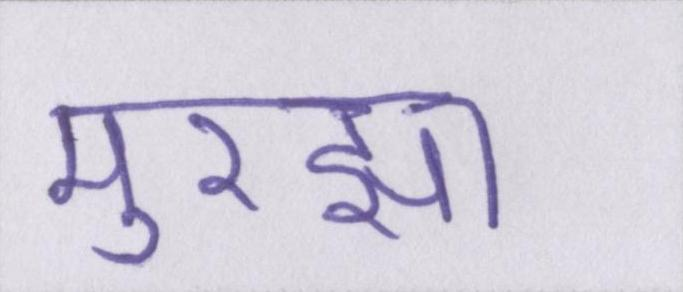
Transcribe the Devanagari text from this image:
मुरझा